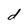
Character: d